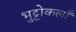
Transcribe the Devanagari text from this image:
भुट्टोकलाँ